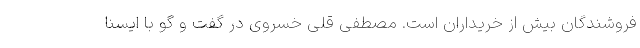
فروشندگان بیش از خریداران است. مصطفی قلی خسروی در گفت و گو با ایسنا